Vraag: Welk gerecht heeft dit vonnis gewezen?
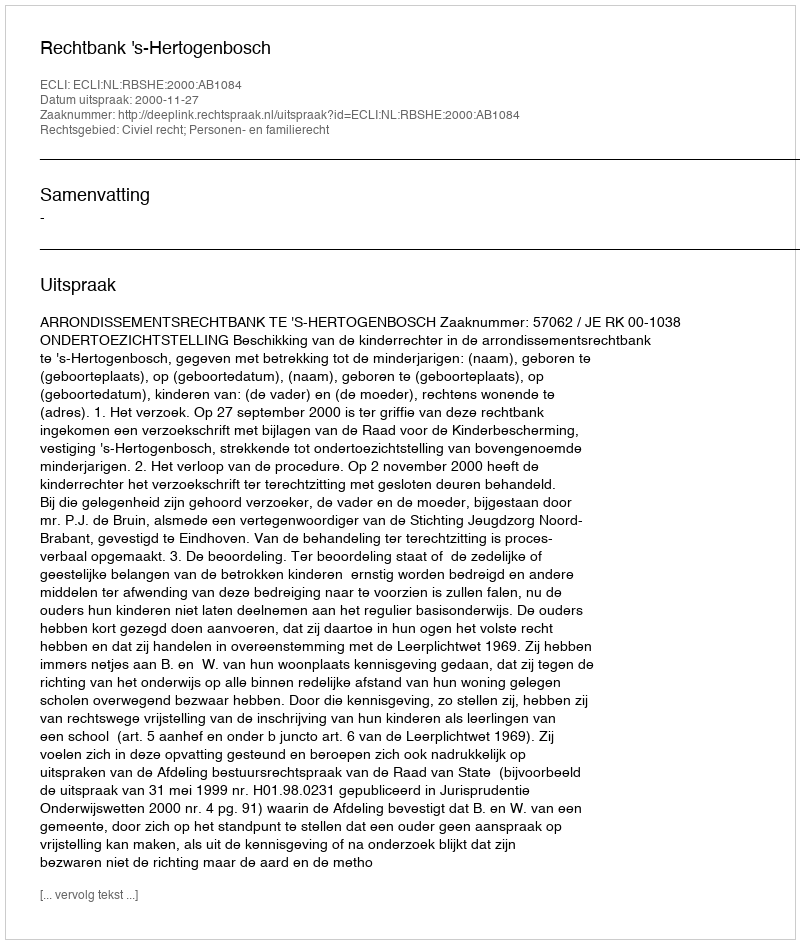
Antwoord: Rechtbank 's-Hertogenbosch